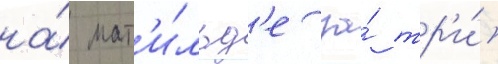
на́ мат'и́льд'е за́ тр'и́